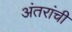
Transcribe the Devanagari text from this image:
अंतरांची